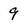
Character: 9